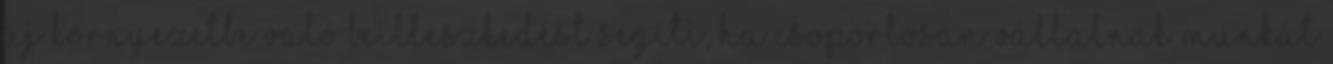
új környezetbe való beilleszkedést segíti, ha csoportosan vállalnak munkát